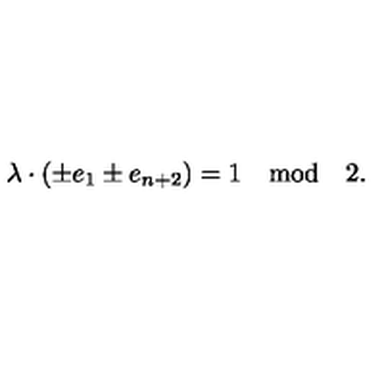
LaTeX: \lambda \cdot ( \pm e _ { 1 } \pm e _ { n + 2 } ) = 1 \quad \mathrm { m o d } \quad 2 .